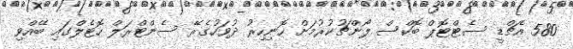
580 އެޗްޑީ ސެޓްޓޮޕް ބޮކްސް ލޯންޗުކުރުމަށް ހޮނިހިރު ދުވަހުގެރޭ ސެންޓްރަލް ހޮޓެލްގައި ބޭއްވި